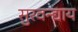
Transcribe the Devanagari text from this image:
सुरवन्द्याय